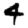
Digit: 4